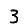
Digit: 3